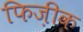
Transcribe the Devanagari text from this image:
फिज़ीक